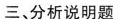
三、分析说明题